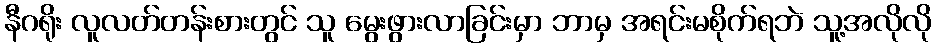
နီဂရိုး လူလတ်တန်းစားတွင် သူ မွေးဖွားလာခြင်းမှာ ဘာမှ အရင်းမစိုက်ရဘဲ သူ့အလိုလို